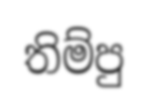
තිම්පු